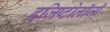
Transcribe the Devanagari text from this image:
इजिप्टोलॉजी